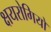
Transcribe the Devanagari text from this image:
क्षयरोगियों